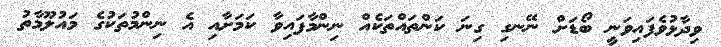
ވިދާޅުވެފައިވަނީ ބޯޑަށް ނޭނގި ގިނަ ކަންތައްތަކެއް ނިންމާފައިވާ ކަމަށާއި އެ ނިންމުތަކުގެ މައުލޫމާތު